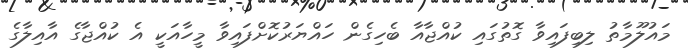
މައުލޫމާތު ލިބިފައިވާ ގޮތުގައި ކުއްޖާއާ ބެހިގެން ހައްޔަރުކޮށްފައިވާ މީހާއަކީ އެ ކުއްޖާގެ އާއިލާގެ